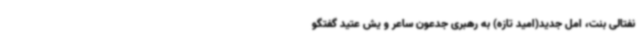
نفتالی بنت، امل جدید(امید تازه) به رهبری جدعون ساعر و یش عتید گفتگو